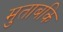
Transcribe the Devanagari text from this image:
मुताबकि